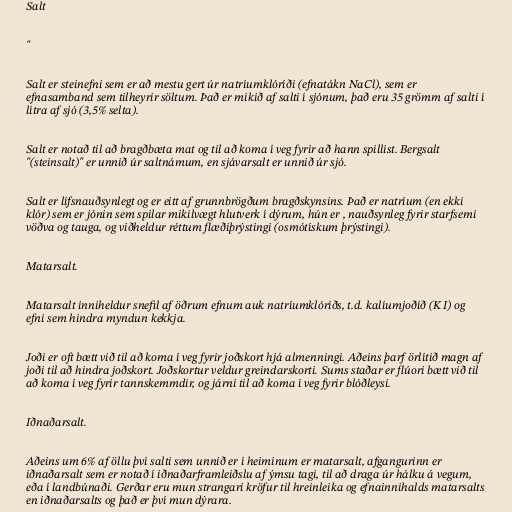
Salt

"

Salt er steinefni sem er að mestu gert úr natríumklóríði (efnatákn NaCl), sem er
efnasamband sem tilheyrir söltum. Það er mikið af salti í sjónum, það eru 35 grömm af salti í
lítra af sjó (3,5% selta).

Salt er notað til að bragðbæta mat og til að koma í veg fyrir að hann spillist. Bergsalt
"(steinsalt)" er unnið úr saltnámum, en sjávarsalt er unnið úr sjó.

Salt er lífsnauðsynlegt og er eitt af grunnbrögðum bragðskynsins. Það er natríum (en ekki
klór) sem er jónin sem spilar mikilvægt hlutverk í dýrum, hún er , nauðsynleg fyrir starfsemi
vöðva og tauga, og viðheldur réttum flæðiþrýstingi (osmótískum þrýstingi).

Matarsalt.

Matarsalt inniheldur snefil af öðrum efnum auk natríumklóríðs, t.d. kalíumjoðíð (K I) og
efni sem hindra myndun kekkja.

Joði er oft bætt við til að koma í veg fyrir joðskort hjá almenningi. Aðeins þarf örlítið magn af
joði til að hindra joðskort. Joðskortur veldur greindarskorti. Sums staðar er flúori bætt við til
að koma í veg fyrir tannskemmdir, og járni til að koma í veg fyrir blóðleysi.

Iðnaðarsalt.

Aðeins um 6% af öllu því salti sem unnið er í heiminum er matarsalt, afgangurinn er
iðnaðarsalt sem er notað í iðnaðarframleiðslu af ýmsu tagi, til að draga úr hálku á vegum,
eða í landbúnaði. Gerðar eru mun strangari kröfur til hreinleika og efnainnihalds matarsalts
en iðnaðarsalts og það er því mun dýrara.